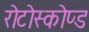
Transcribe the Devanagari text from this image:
रोटोस्कोप्ड